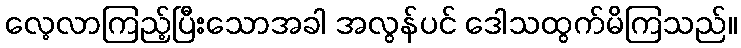
လေ့လာကြည့်ပြီးသောအခါ အလွန်ပင် ဒေါသထွက်မိကြသည်။